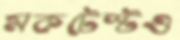
মকটেস্টও